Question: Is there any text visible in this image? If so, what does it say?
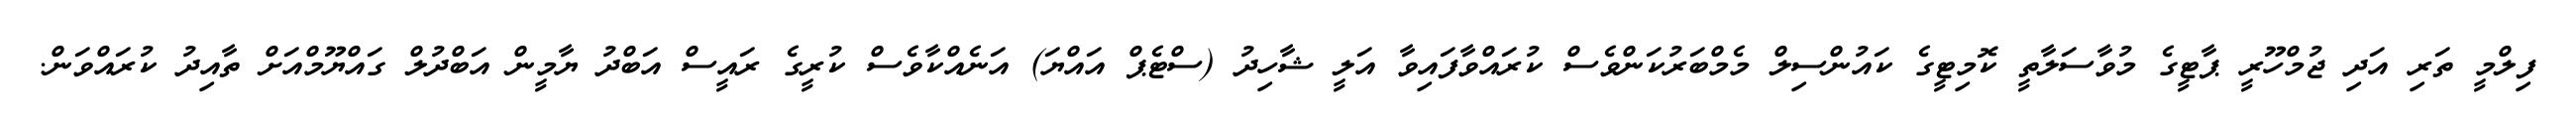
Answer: ފިލްމީ ތަރި އަދި ޖުމްހޫރީ ޕާޓީގެ މުވާސަލާތީ ކޮމިޓީގެ ކައުންސިލް މެމްބަރުކަންވެސް ކުރައްވާފައިވާ އަލީ ޝާހިދު (ސްޓެޕް އައްޔަ) އަނެއްކާވެސް ކުރީގެ ރައީސް އަބްދު ޔާމީން އަބްދުލް ގައްޔޫމްއަށް ތާއިދު ކުރައްވަން.